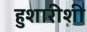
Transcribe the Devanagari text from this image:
हुशारीशी